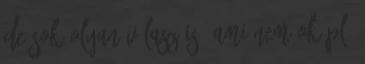
de sok olyan válasz is, ami nem Ok pl.